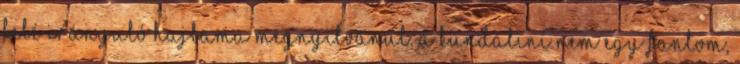
felé irányuló hajlama megnyilvánul. A Kundaliní nem egy fantom,